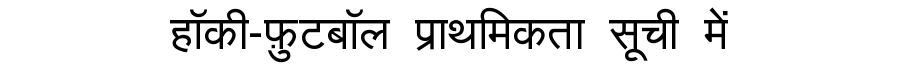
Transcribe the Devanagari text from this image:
हॉकी-फ़ुटबॉल प्राथमिकता सूची में